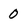
Character: 0